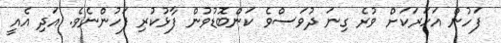
ފަހުން އަހަރަކަށް ވުރެ ގިނަ ދުވަސްވެ ކަންބޮޑުވުން ފާޅުކުރި ފަހުންނެވެ. އަދި އެއީ